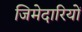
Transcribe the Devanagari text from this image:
जिमेदारियों